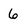
Character: 6